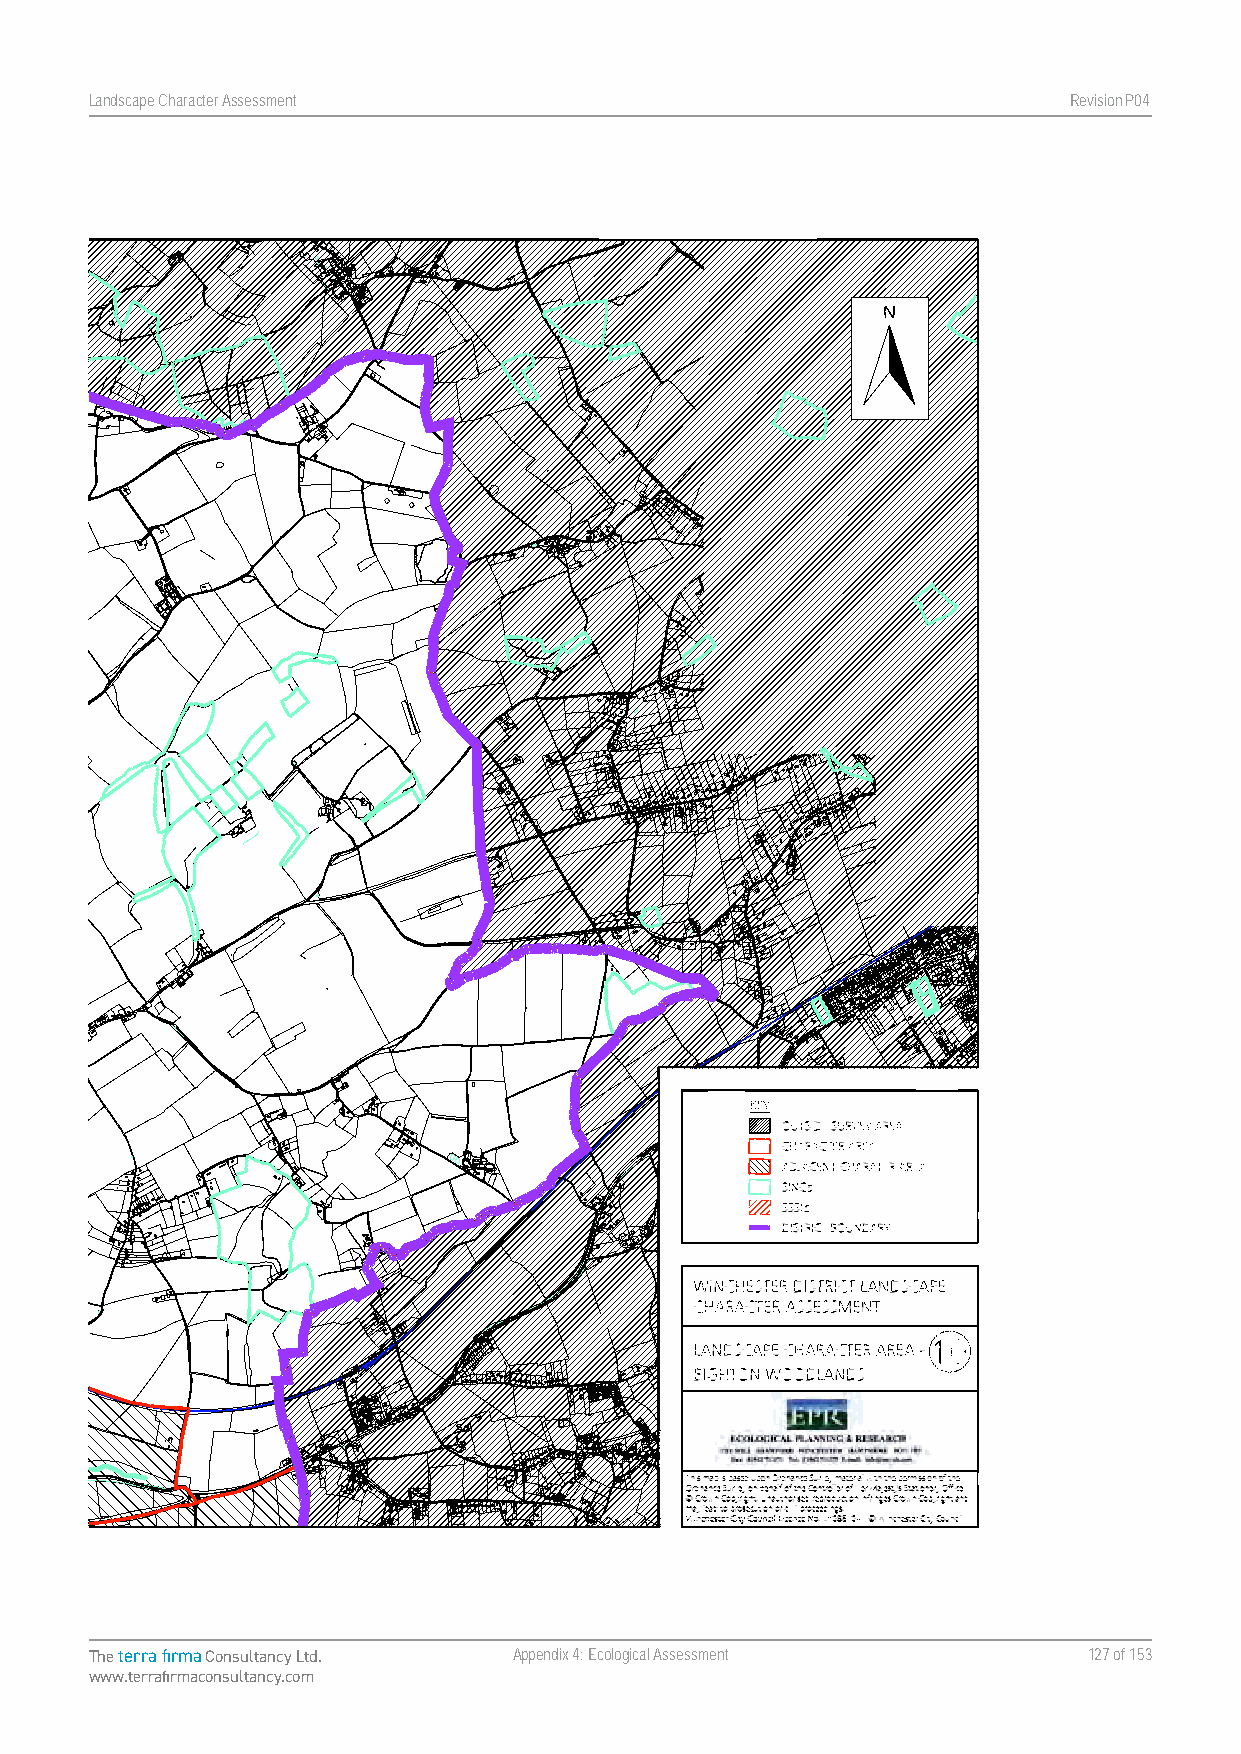
Landscape Character Assessment                                   RevisionP047
 Map 10. Landscape Character Area - Bighton Woodlands
 Landscape Character Assessment Appendix Four Winchester City Council
 The terra firma Consultancy Ltd. Appendix 4: Ecological Assessment 127 of 153
 www.terrafirmaconsultancy.com